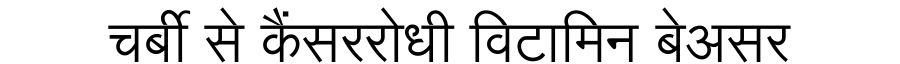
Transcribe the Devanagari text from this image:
चर्बी से कैंसररोधी विटामिन बेअसर